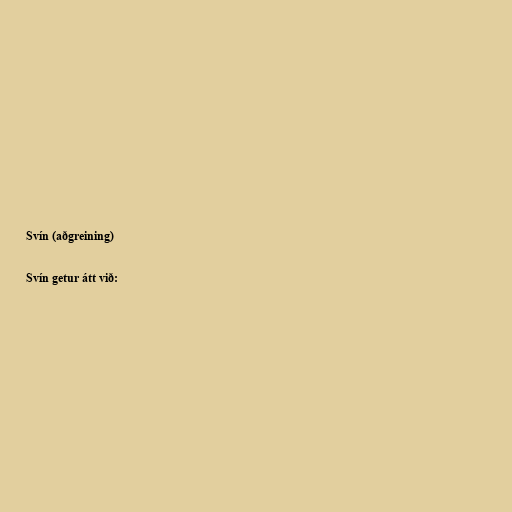
Svín (aðgreining)

Svín getur átt við: